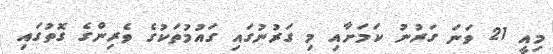
މިއީ 21 ވަނަ ގަރުނު ކަމަށާއި މި ގަރުނުގައި ގައުމުތަކުގެ ވެރިންގެ ގޮތުގައި